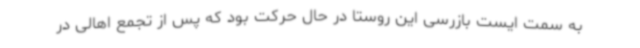
به سمت ایست بازرسی این روستا در حال حرکت بود که پس از تجمع اهالی در